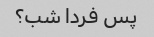
پس فردا شب؟